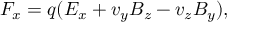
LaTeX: F _ { x } = q ( E _ { x } + v _ { y } B _ { z } - v _ { z } B _ { y } ) ,